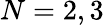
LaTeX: N=2,3